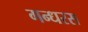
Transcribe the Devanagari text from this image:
गन्धरस